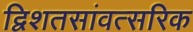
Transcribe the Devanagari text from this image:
द्विशतसांवत्सरिक